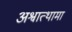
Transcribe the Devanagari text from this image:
अश्वात्थामा